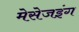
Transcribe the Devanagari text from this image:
मेसेजइंग